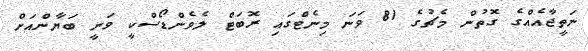
ނަތީޖާއެއްގެ ގޮތުން މެޗުގެ 81 ވަނަ މިނެޓްގައި ރޮބަޓް ލެވެންޑޯސްކީ ވަނީ ބަޔާންއަށް